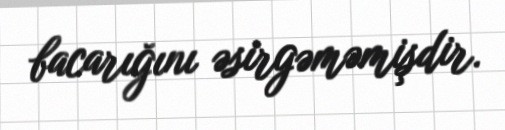
bacarığını əsirgəməmişdir.